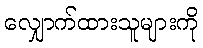
လျှောက်ထားသူများကို